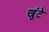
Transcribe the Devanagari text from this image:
खुंटे